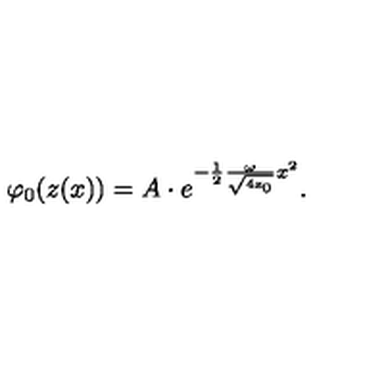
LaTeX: \varphi _ { 0 } ( z ( x ) ) = A \cdot e ^ { - \frac 1 2 \frac { \omega } { \sqrt { \mathrm { \scriptsize 4 z _ 0 } } } x ^ { 2 } } .